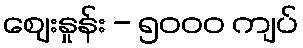
ဈေးနှုန်း - ၅၀၀၀ ကျပ်